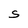
Character: S